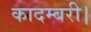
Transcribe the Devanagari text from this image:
कादम्बरी।